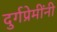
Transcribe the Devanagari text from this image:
दुर्गप्रेमींनी